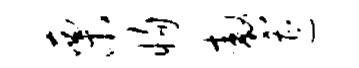
栗恂嗷遭